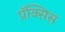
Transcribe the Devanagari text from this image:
प्रॅक्सिस